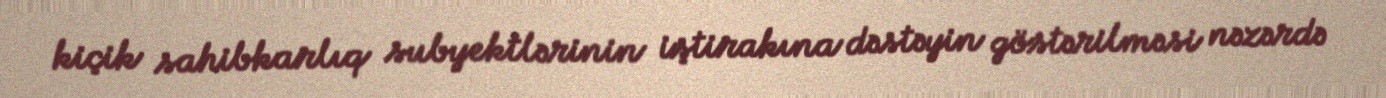
kiçik sahibkarlıq subyektlərinin iştirakına dəstəyin göstərilməsi nəzərdə